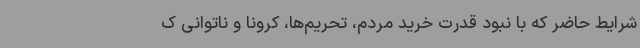
شرایط حاضر که با نبود قدرت خرید مردم، تحریم‌ها، کرونا و ناتوانی ک